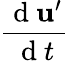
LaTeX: \frac{\mathrm{~d~}\mathbf{u}^{\prime}}{\mathrm{~d~}t}